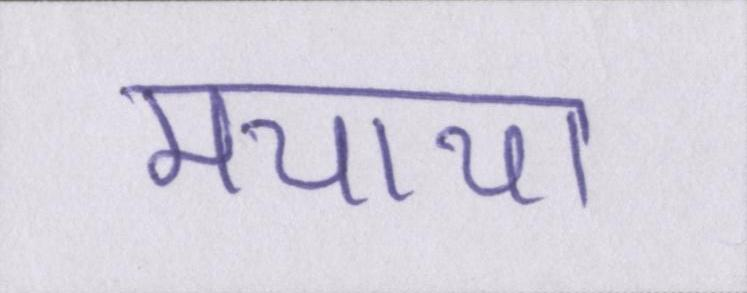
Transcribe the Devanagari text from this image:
मचाया